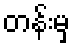
တန်းမှ